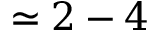
\simeq 2 - 4